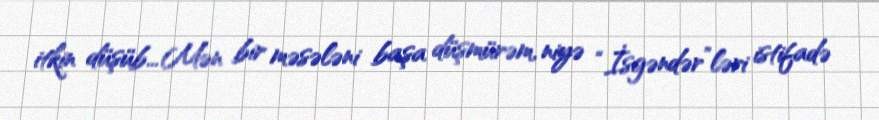
itkin düşüb... Mən bir məsələni başa düşmürəm, niyə “İsgəndər”ləri istifadə